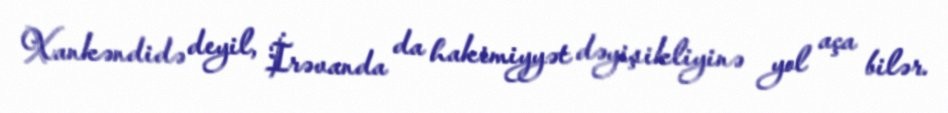
Xankəndidə deyil, İrəvanda da hakimiyyət dəyişikliyinə yol aça bilər.